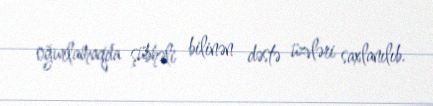
oğurlamaqda şübhəli bilinən dəstə üzvləri saxlanılıb.